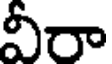
వీరా